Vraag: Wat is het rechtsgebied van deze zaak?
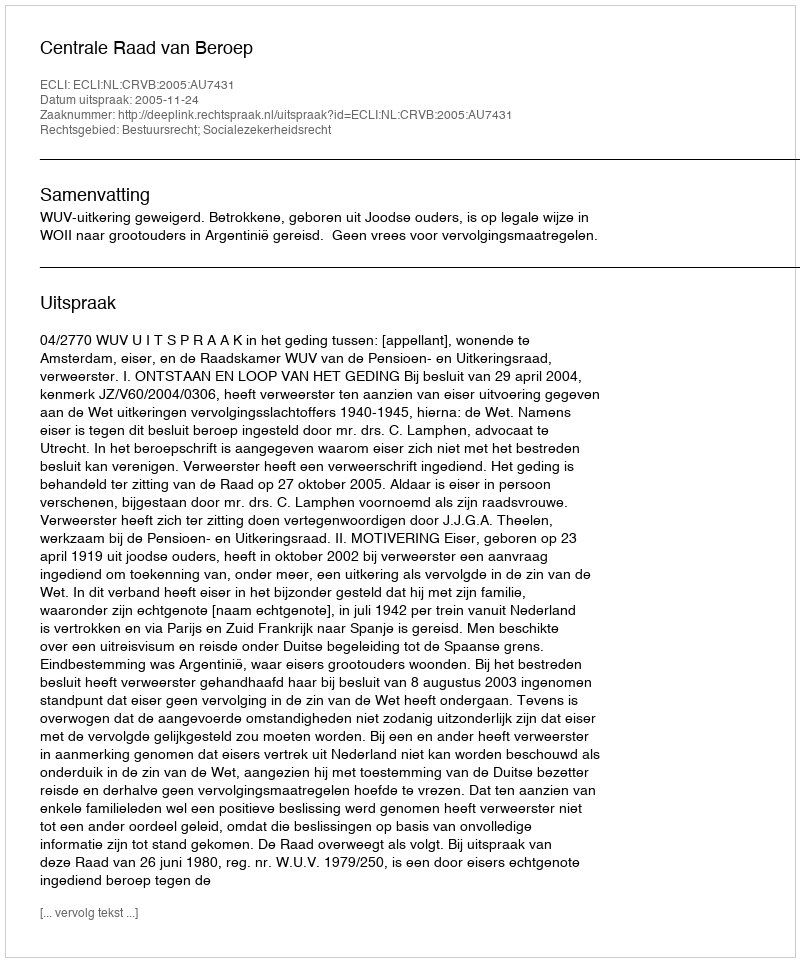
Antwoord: Bestuursrecht; Socialezekerheidsrecht